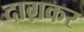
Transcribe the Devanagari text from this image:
दाग़कर